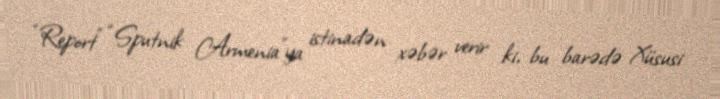
“Report” “Sputnik Armenia”ya istinadən xəbər verir ki, bu barədə Xüsusi